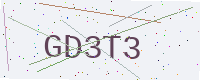
Text: GD3T3